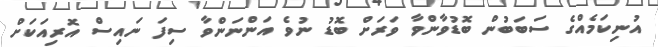
އުނިކަމެއްގެ ސަބަބުން ބޮޑުވާންވާ ވަރަށް ބޮޑު ނުވެ އަންނަންވާ ސިފަ ނައިސް އޮރިއަކަށް